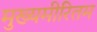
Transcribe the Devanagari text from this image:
मुख्यमीरितम